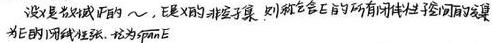
设$X$是数域$\mathbb{P}$的$\sim$，$E$是$X$的非空子集，则称包含$E$的所有线性性子空间的交集为$E$的线性张，记为$\mathrm{span}E$